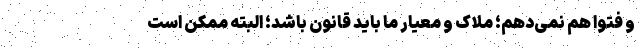
و فتوا هم نمی‌دهم؛ ملاک و معیار ما باید قانون باشد؛ البته ممکن است